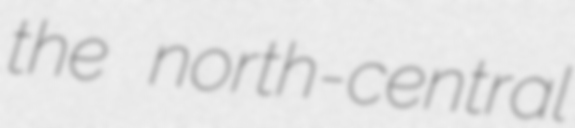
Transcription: the north-central